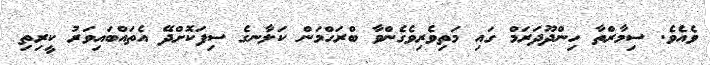
ވެއެވެ. ސިމާރްތާ ހިންދޫދަރަމް ގައި މަތިވެރިވެގެންވާ ބްރަހްމަން ކަލާނގެ ސިފަކޮށްދޭ އެތައްބައިވަރު ކީރިތި